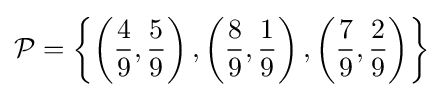
{\mathcal {P}}=\left\{\left({\frac {4}{9}},{\frac {5}{9}}\right),\left({\frac {8}{9}},{\frac {1}{9}}\right),\left({\frac {7}{9}},{\frac {2}{9}}\right)\right\rbrace